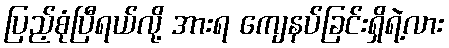
ပြည့်စုံပြီရယ်လို့ အားရ ကျေနပ်ခြင်းရှိရဲ့လား